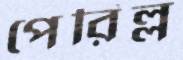
পেরিল্ল